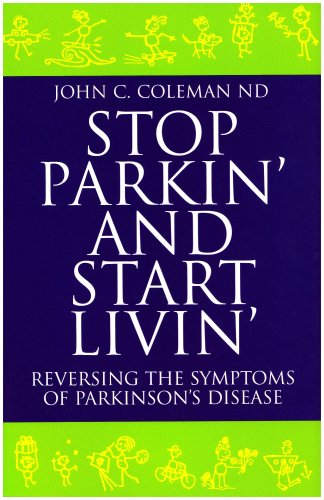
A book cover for Stop Parkin' And Start Livin': Reversing the Symptoms of Parkinson's Disease; John C. Coleman; Health, Fitness & Dieting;